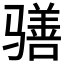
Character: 𲌊